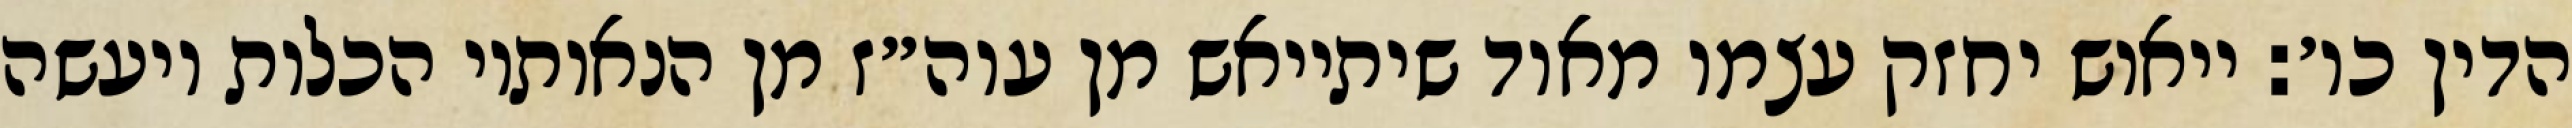
הדין כו׳: ייאוש יחזק עצמו מאוד שיתייאש מן עוה״ז מן הנאותיו הכלות ויעשה